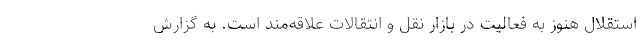
استقلال هنوز به فعالیت در بازار نقل و انتقالات علاقه‌مند است. به گزارش